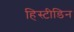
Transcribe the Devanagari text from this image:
हिस्टीडिन